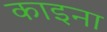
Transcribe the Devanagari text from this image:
काइना